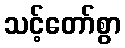
သင့်တော်စွာ